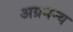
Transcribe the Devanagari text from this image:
अग्रमन्य